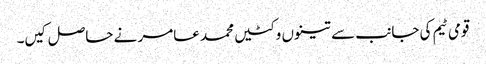
قومی ٹیم کی جانب سے تینوں وکٹیں محمد عامر نے حاصل کیں۔